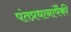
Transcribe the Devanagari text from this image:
पंतप्रधानांपैकी